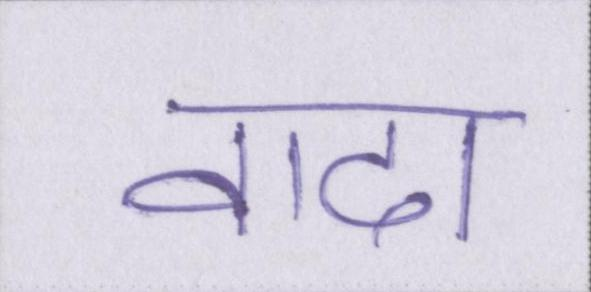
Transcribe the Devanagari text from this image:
वादा